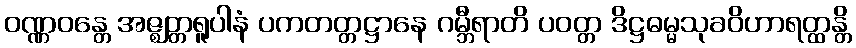
ဝဏ္ဏဝန္တေ အဇ္ဈတ္တရူပါနံ ပကတတ္တဋ္ဌာနေ ဂမ္ဘီရာတိ ပဝတ္တ ဒိဋ္ဌဓမ္မသုခဝိဟာရတ္ထန္တိ